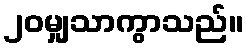
၂၀မျှသာကွာသည်။